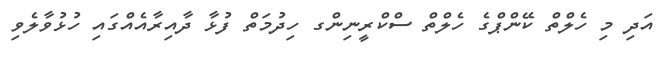
އަދި މި ހެލްތް ކޭންޕްގެ ހެލްތް ސްކްރީނިންގ ހިދުމަތް ފުޅާ ދާއިރާއެއްގައި ހުޅުވާލެވި